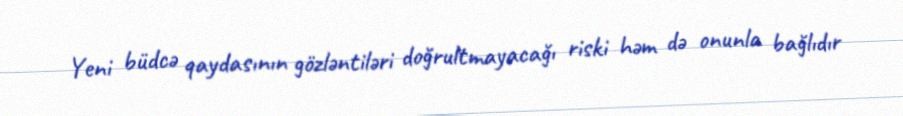
Yeni büdcə qaydasının gözləntiləri doğrultmayacağı riski həm də onunla bağlıdır